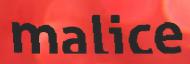
malice